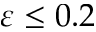
\varepsilon \le 0 . 2